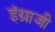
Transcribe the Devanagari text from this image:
इंग्राजी